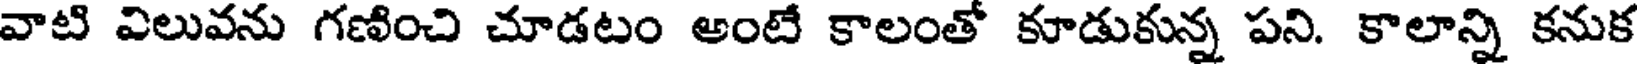
వాటి విలువను గణించి చూడటం అంటే కాలంతో కూడుకున్న పని. కాలాన్ని కనుక